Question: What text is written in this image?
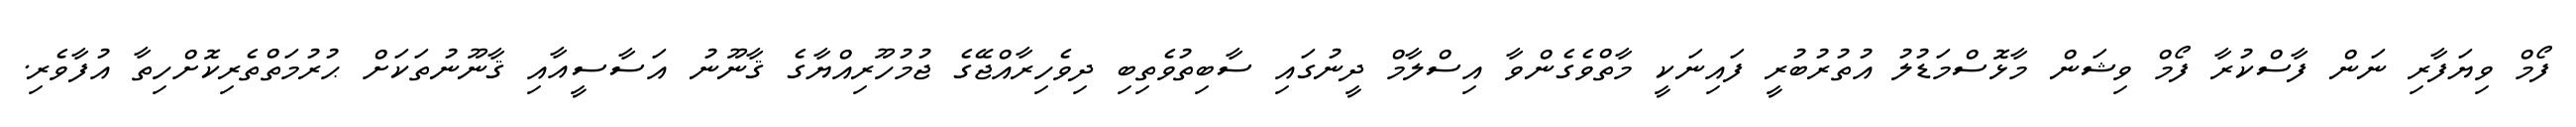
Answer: ފޯމް ވިޔަފާރި ނަން ފާސްކުރާ ފޯމް ވިޝަން މާޅޮސްމަޑުލު އުތުރުބުރީ ފައިނަކީ މާތްވެގެންވާ އިސްލާމް ދީނުގައި ސާބިތުވެތިބި ދިވެހިރާއްޖޭގެ ޖުމުހޫރިއްޔާގެ ޤާނޫނު އަސާސީއާއި ޤާނޫނުތަކަށް ޙުރުމަތްތެރިކޮށްހިތާ އުފާވެރި.